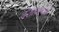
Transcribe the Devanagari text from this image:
देशावरच्या